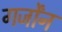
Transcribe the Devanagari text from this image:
गर्जोंन